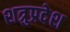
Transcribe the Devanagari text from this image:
शत्रुप्रदेश